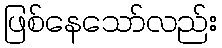
ဖြစ်နေသော်လည်း